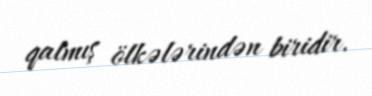
qalmış ölkələrindən biridir.